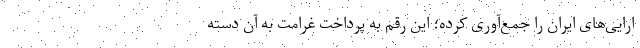
ارایی‌های ایران را جمع‌آوری کرده؛ این رقم به پرداخت غرامت به آن دسته